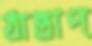
ঠান্তাপ্